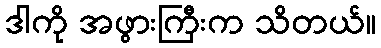
ဒါကို အဖွားကြီးက သိတယ်။